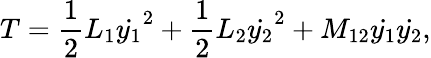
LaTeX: T=\frac{1}{2}L_{1}{\dot{y_{1}}}^{2}+\frac{1}{2}L_{2}{\dot{y_{2}}}^{2}+M_{12}\dot{y_{1}}\dot{y_{2}},